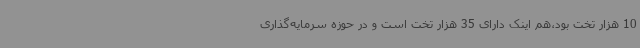
10 هزار تخت بود،هم اینک دارای 35 هزار تخت است و در حوزه سرمایه‌گذاری